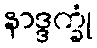
နာဒ္ဒက္ခုံ